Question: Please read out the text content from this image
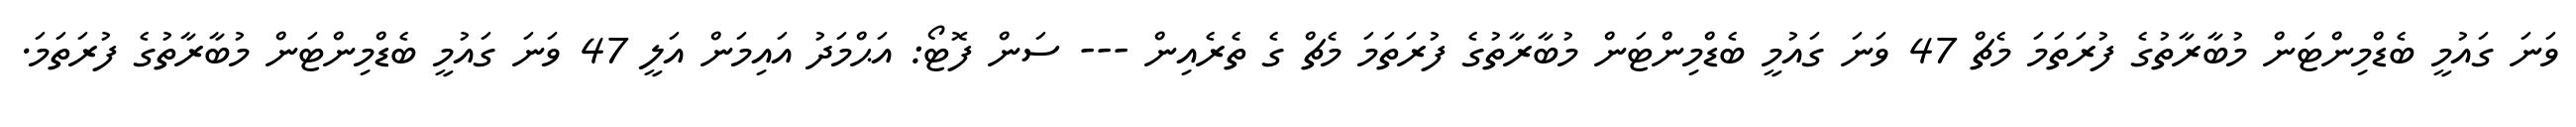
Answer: ވަނަ ގައުމީ ބެޑްމިންޓަން މުބާރާތުގެ ފުރަތަމަ މެޗް 47 ވަނަ ގައުމީ ބެޑްމިންޓަން މުބާރާތުގެ ފުރަތަމަ މެޗް ގެ ތެރެއިން --- ސަން ފޮޓޯ: އަޙްމަދު އައިމަން އަލީ 47 ވަނަ ގައުމީ ބެޑްމިންޓަން މުބާރާތުގެ ފުރަތަމަ.